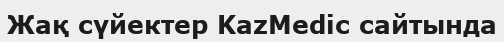
Жақ сүйектер KazMedic сайтында